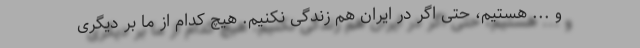
و ... هستیم، حتی اگر در ایران هم زندگی نکنیم. هیچ کدام از ما بر دیگری